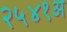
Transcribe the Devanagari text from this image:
२५४१अ